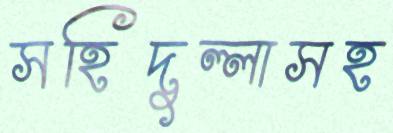
সহিদুল্লাসহ